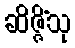
ဆိဇ္ဇိံသု